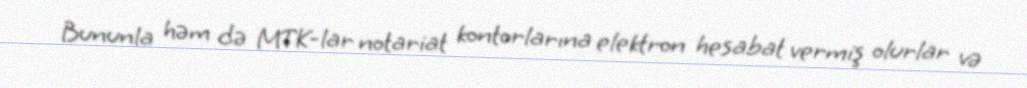
Bununla həm də MTK-lar notariat kontorlarına elektron hesabat vermiş olurlar və